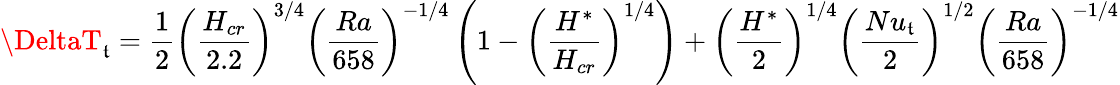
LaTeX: \DeltaT_{\mathfrak{t}}=\frac{{1}}{{2}}\left(\frac{{H_{cr}}}{{2.2}}\right)^{3/4}\left(\frac{{Ra}}{{658}}\right)^{-1/4}\left(1-\left(\frac{{H^{*}}}{{H_{cr}}}\right)^{1/4}\right)+\left(\frac{{H^{*}}}{{2}}\right)^{1/4}\left(\frac{{Nu_{\mathfrak{t}}}}{{2}}\right)^{1/2}\left(\frac{{Ra}}{{658}}\right)^{-1/4}